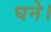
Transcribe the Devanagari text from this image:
घने।